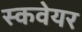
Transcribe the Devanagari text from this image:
स्कवेयर